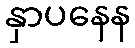
နှာပနေန